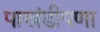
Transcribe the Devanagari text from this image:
पाखंडीपणा